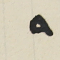
٩